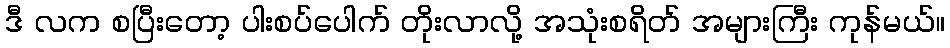
ဒီ လက စပြီးတော့ ပါးစပ်ပေါက် တိုးလာလို့ အသုံးစရိတ် အများကြီး ကုန်မယ်။